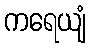
ကရေယျံ